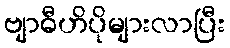
ဗျာဓီဟိပိုများလာပြီး